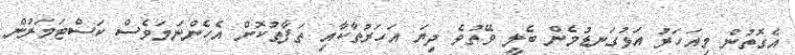
އެގޮތުން މިއަހަރު އަޅުގަނޑުމެން ބެލީ ވޭތުވެ ދިޔަ އަހަރުތާކާއި ތަފާތުކޮށް އެހެންނަމަވެސް ކަސްޓަމަރުން